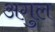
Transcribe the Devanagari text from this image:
अगुल